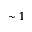
\sim 1